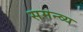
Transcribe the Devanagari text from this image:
समन्व्य